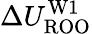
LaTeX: \Delta{U_{\mathrm{ROO}}^{\mathrm{W1}}}